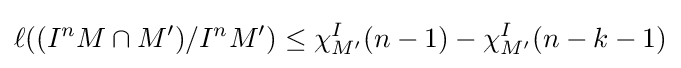
\ell ((I^{n}M\cap M')/I^{n}M')\leq \chi _{M'}^{I}(n-1)-\chi _{M'}^{I}(n-k-1)